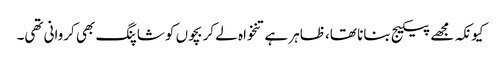
کیونکہ مجھے پیکیج بنانا تھا، ظاہر ہے تنخواہ لے کر بچوں کو شاپنگ بھی کروانی تھی۔